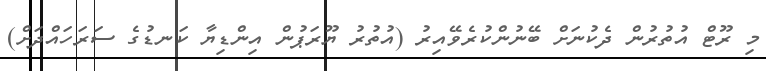
މި ރޫޓް އުތުރުން ދެކުނަށް ބޭނުންކުރެވޭއިރު (އުތުރު ޔޫރަޕުން އިންޑިޔާ ކަނޑުގެ ސަރަހައްދަށް)